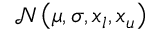
\mathcal { N } \left( \mu , \sigma , x _ { l } , x _ { u } \right)